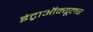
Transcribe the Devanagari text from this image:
इंट्राऑक्यूलर